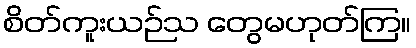
စိတ်ကူးယဉ်သ တွေမဟုတ်ကြ။